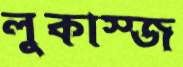
লুকাস্জ